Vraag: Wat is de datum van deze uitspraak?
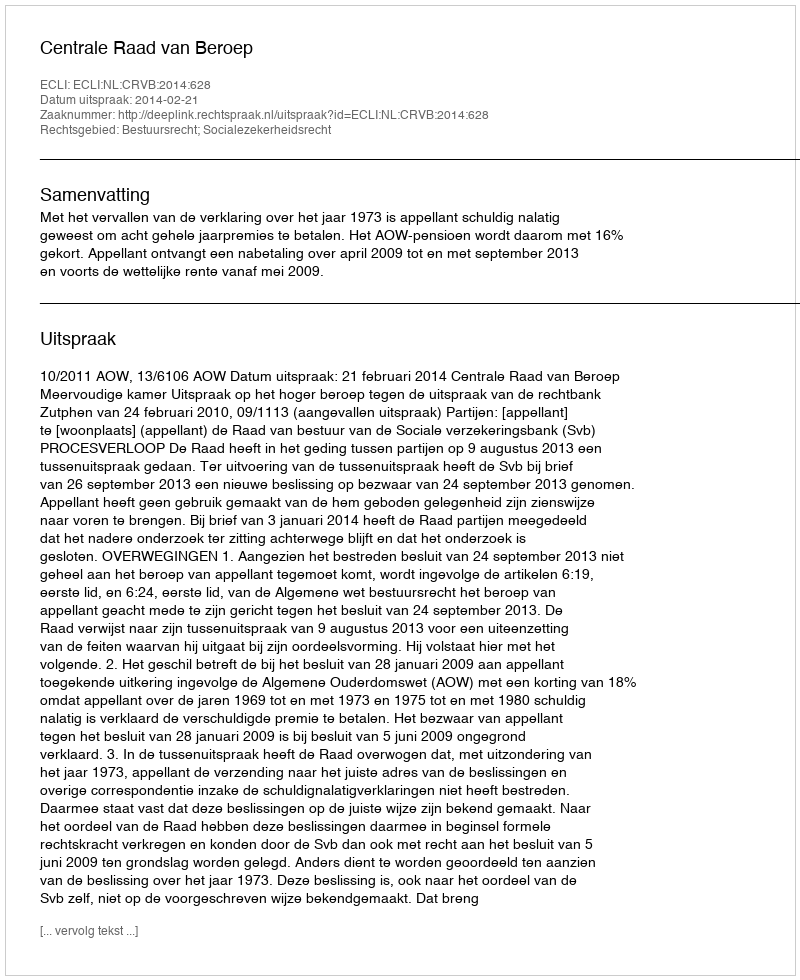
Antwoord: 2014-02-21